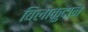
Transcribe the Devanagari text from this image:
बिलाकुदान